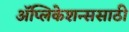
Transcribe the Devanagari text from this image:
ॲप्लिकेशन्ससाठी